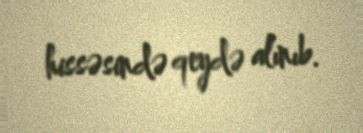
hissəsində qeydə alınıb.